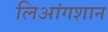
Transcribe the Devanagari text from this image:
लिआंगशान